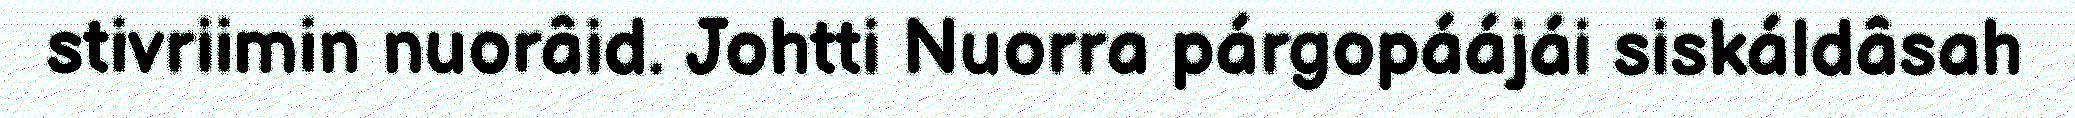
stivriimin nuorâid. Johtti Nuorra párgopáájái siskáldâsah